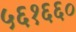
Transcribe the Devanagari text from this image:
५६१६६०